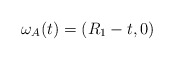
\begin{align*}\omega_A(t) = (R_1-t,0)\end{align*}